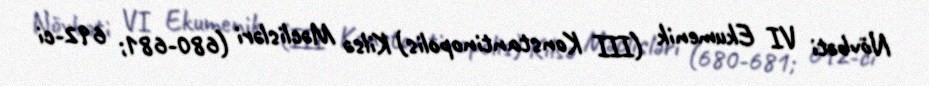
Növbəti VI Ekumenik (III Konstantinopolis) Kilsə Məclisləri (680-681; 692-ci